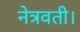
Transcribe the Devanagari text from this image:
नेत्रवती।